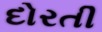
દોરતી